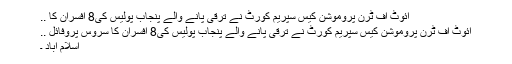
ائٓوٹ آف ٹرن پروموشن کیس سپریم کورٹ نے ترقی پانے والے پنجاب پولیس کی8 افسران کا ..
ائٓوٹ آف ٹرن پروموشن کیس سپریم کورٹ نے ترقی پانے والے پنجاب پولیس کی8 افسران کا سروس پروفائل ..
اسلام آباد ۔